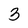
Character: 3